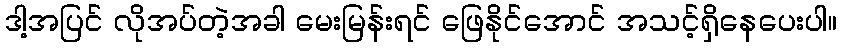
ဒါ့အပြင် လိုအပ်တဲ့အခါ မေးမြန်းရင် ဖြေနိုင်အောင် အသင့်ရှိနေပေးပါ။